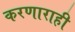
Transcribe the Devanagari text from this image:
करणाराही